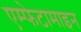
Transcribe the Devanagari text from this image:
एम्फेटामाइन